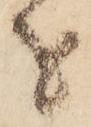
者